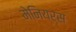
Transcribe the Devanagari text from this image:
मेनियर्स